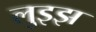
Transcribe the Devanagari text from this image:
लुइझ